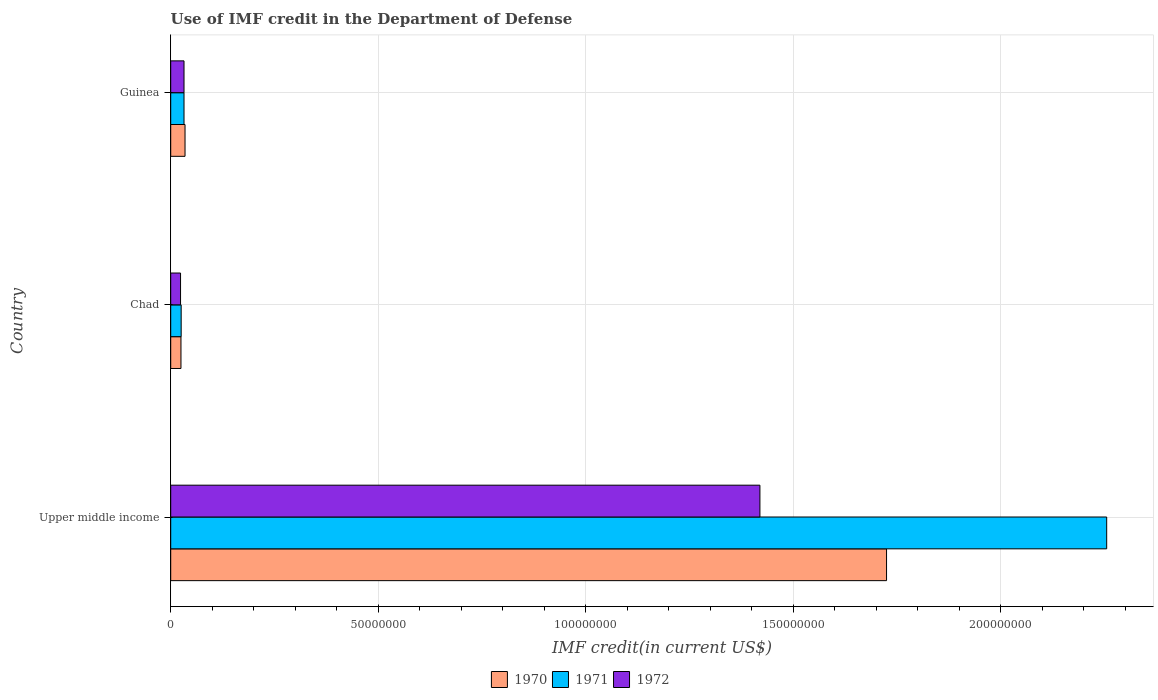
| Country | 1970 | 1971 | 1972 |
 | --- | --- | --- | --- |
 | Upper middle income | 1.72e+08 | 2.25e+08 | 1.42e+08 |
 | Chad | 2.47e+06 | 2.52e+06 | 2.37e+06 |
 | Guinea | 3.45e+06 | 3.2e+06 | 3.2e+06 |